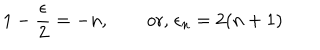
1 - { \frac { \epsilon } { 2 } } = - n , \qquad \mathrm { o r , } \; \epsilon _ { n } = 2 ( n + 1 )